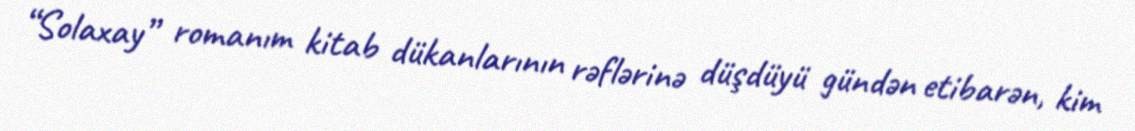
“Solaxay” romanım kitab dükanlarının rəflərinə düşdüyü gündən etibarən, kim